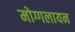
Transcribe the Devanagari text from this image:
मोग्गलायन